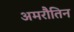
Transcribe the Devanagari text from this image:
अमरौतिन